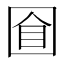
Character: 𡇡